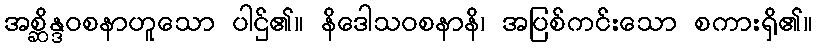
အစ္ဆိန္ဒဝစနာဟူသော ပါဌ်၏။ နိဒေါသဝစနာနိ၊ အပြစ်ကင်းသော စကားရှိ၏။